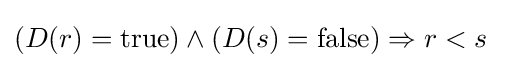
(D(r)=\mathrm {true} )\wedge (D(s)=\mathrm {false} )\Rightarrow r<s\;